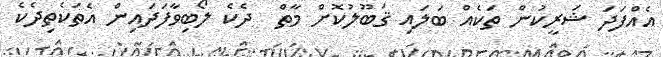
އެއްފަދަ ޝަރީކުން ތަކެއް ބަލައި ޤަބޫލުކޮށް މާތް  ދެކެ ލޯބިވާފަދައިން އެތަކެތިދެކެ